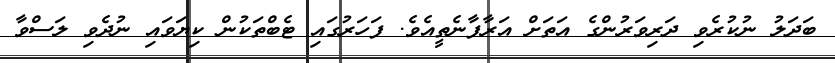
ބަދަލު ނުކުރެވި ދަރިވަރުންގެ އަތަށް އަރާފާނެތީއެވެ. ފަހަރުގައި ޓެބްތަކުން ކިޔަވައި ނުދެވި ލަސްވާ